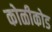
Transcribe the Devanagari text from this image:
कोळीकोड